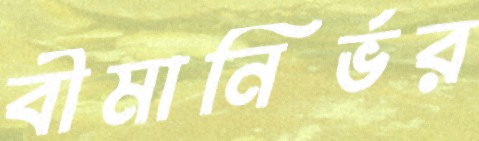
বীমানির্ভর